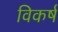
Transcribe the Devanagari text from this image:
विकर्ष